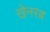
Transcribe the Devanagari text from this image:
खेनरब